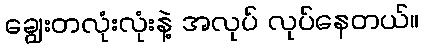
ချွေးတလုံးလုံးနဲ့ အလုပ် လုပ်နေတယ်။